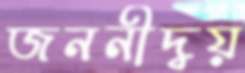
জননীদ্বয়